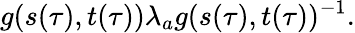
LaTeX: g(s(\tau),t(\tau)){\lambda}_{a}g(s(\tau),t(\tau))^{-1}.